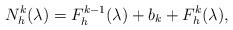
LaTeX: \begin{align*}N_h^k(\lambda) = F_h^{k-1}(\lambda) + b_k + F_h^k(\lambda),\end{align*}